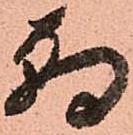
朝